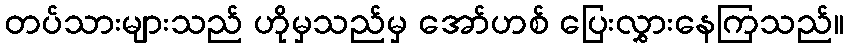
တပ်သားများသည် ဟိုမှသည်မှ အော်ဟစ် ပြေးလွှားနေကြသည်။